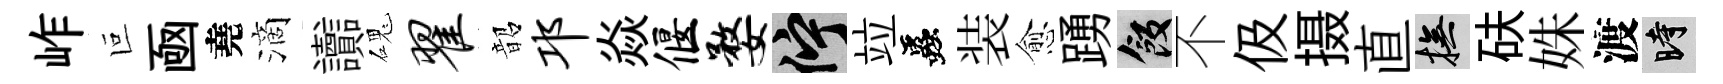
岞叵凾堯滴讟磈翟韶邛焱偃婺伫竝蟲装愈踴飯不伋摄直撫砆姝渡时